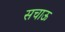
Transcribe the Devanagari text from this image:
सचाऊ